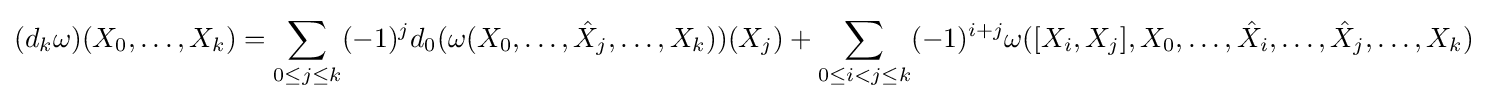
(d_{k}\omega )(X_{0},\ldots ,X_{k})=\sum _{0\leq j\leq k}(-1)^{j}d_{0}(\omega (X_{0},\ldots ,{\hat {X}}_{j},\ldots ,X_{k}))(X_{j})+\sum _{0\leq i<j\leq k}(-1)^{i+j}\omega ([X_{i},X_{j}],X_{0},\ldots ,{\hat {X}}_{i},\ldots ,{\hat {X}}_{j},\ldots ,X_{k})